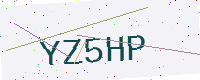
Text: YZ5HP